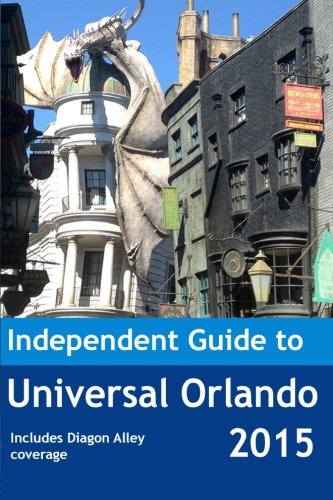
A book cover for The Independent Guide to Universal Orlando 2015; John Coast; Travel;